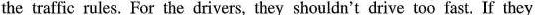
the traffic rules. For the drivers, they shouldn't drive too fast. If they